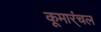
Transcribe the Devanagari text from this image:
कूमार्ंचल